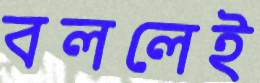
বললেই